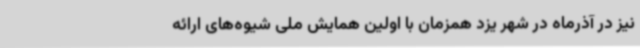
نیز در آذرماه در شهر یزد همزمان با اولین همایش ملی شیوه‌های ارائه